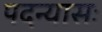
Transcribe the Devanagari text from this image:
पदन्यासः